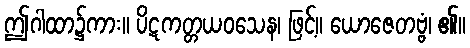
ဤဂါထာ၌ကား။ ပိဋကတ္တယဝသေန၊ ဖြင့်။ ယောဇေတဗ္ဗံ၊ ၏။